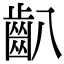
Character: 𪗔